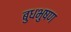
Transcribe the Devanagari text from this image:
बुधभुषण